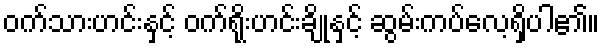
ဝက်သားဟင်းနှင့် ဝက်ရိုးဟင်းချိုနှင့် ဆွမ်းကပ်လေ့ရှိပါ၏။